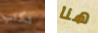
تكتب هنا